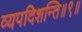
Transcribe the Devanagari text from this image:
व्यपदिशन्ति॥९॥